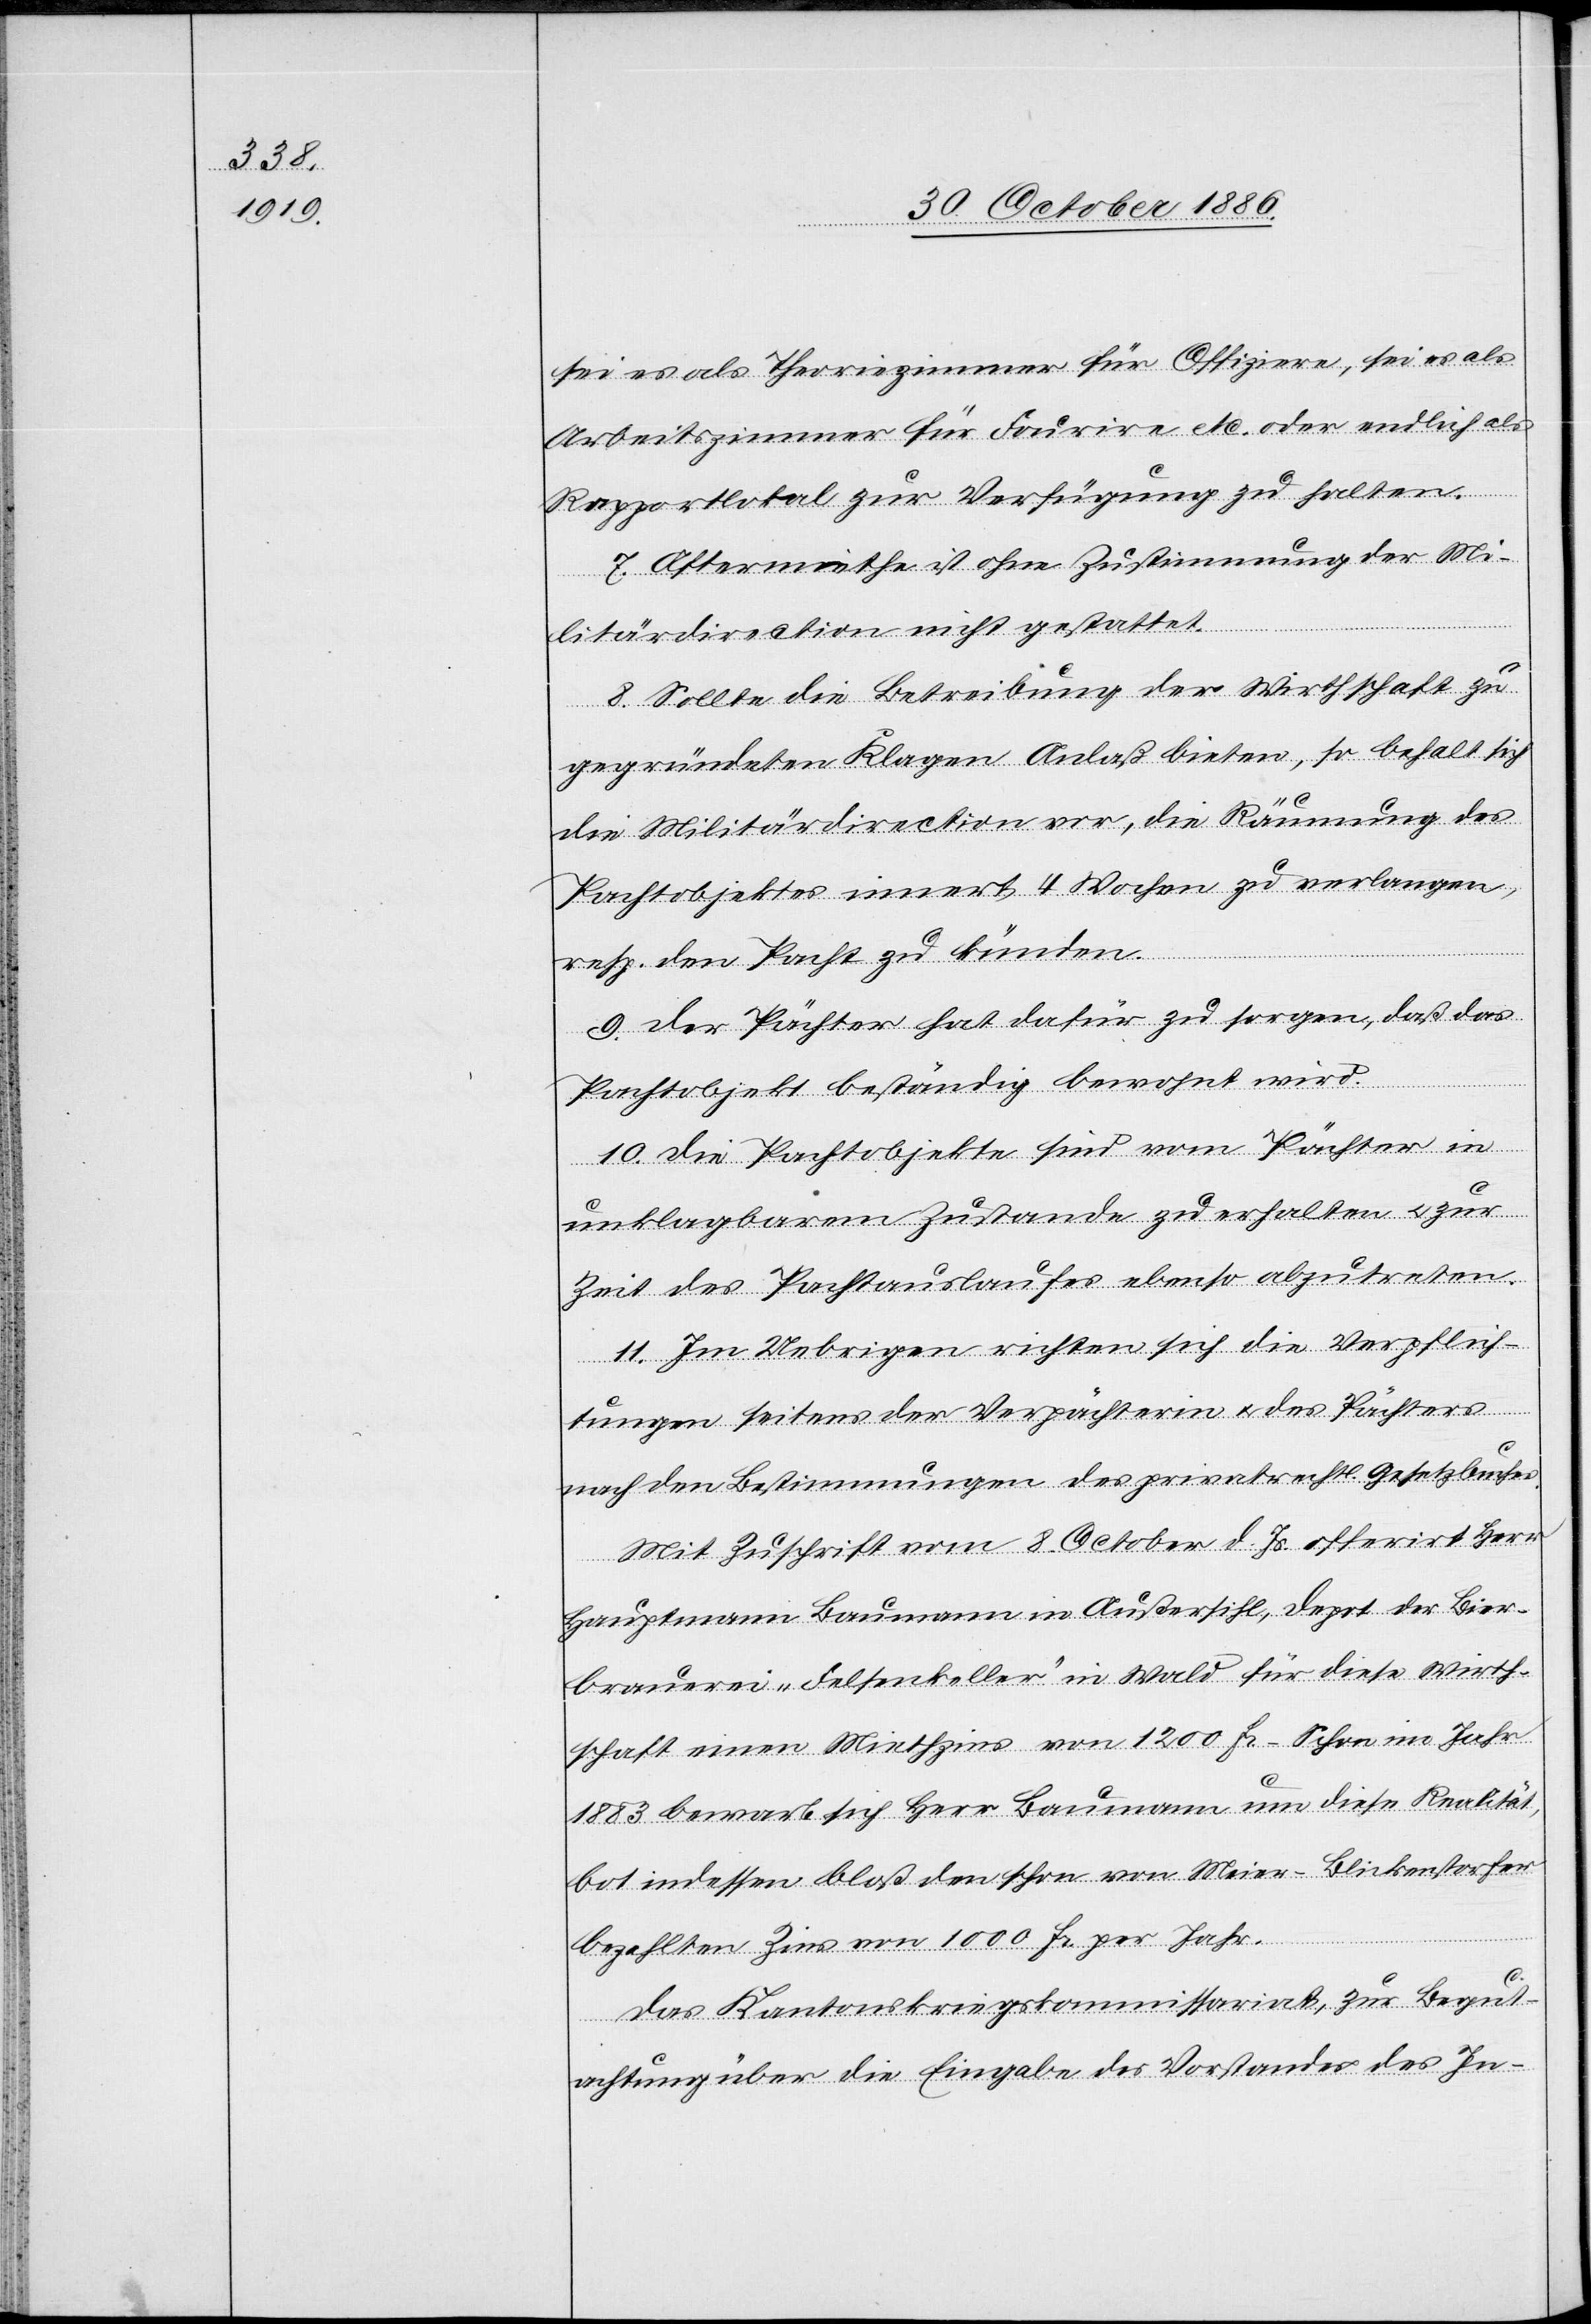
sei es als Theoriezimmer für Offiziere, sei es als
Arbeitszimmer für Fourire etc. oder endlich als
Rapportlokal zur Verfügung zu halten.
7. Aftermiethe ist ohne Zustimmung der Mi¬
sich
litärdirection nicht gestattet.
8. Sollte die Betreibung der Wirthschaft zu
gegründeten Klagen Anlaß bieten, so behalt [sic!]
die Militärdirection vor, die Räumung des
Pachtobjektes innert 4 Wochen zu verlangen,
resp. den Pacht zu künden.
9. Der Pächter hat dafür zu sorgen, daß das
Pachtobjekt beständig bewohnt wird.
10. Die Pachtobjekte sind vom Pächter in
unklagbarem Zustande zu erhalten & zur
Zeit des Pachtauslaufes ebenso abzutreten.
11. Im Uebrigen richten sich die Verpflich¬
tungen seitens der Verpächterin & des Pächters
nach den Bestimmungen des privatrechtl. Gesetzbuches.
Mit Zuschrift vom 8. October d. Js. offerirt Herr
Hauptmann Baumann in Außersihl, Depot der Bier¬
brauerei „Felsenkeller“ in Wald für diese Wirth¬
schaft einen Mithzins von 1200 Fr. Schon im Jahr
1883 bewarb sich Herr Baumann um diese Realität,
bot indessen bloß den schon von Meier-Blickenstorfer
bezahlten Zins von 1000 Fr. per Jahr.
Das Kantonskriegskommissariat, zur Begut¬
achtung über die Eingabe des Vorstandes des In-